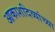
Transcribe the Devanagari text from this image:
आकाशदिव्यांच्या